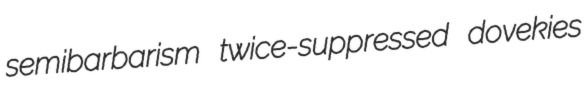
semibarbarism twice-suppressed dovekies